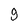
Character: g